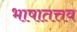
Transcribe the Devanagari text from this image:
भाषातत्तव